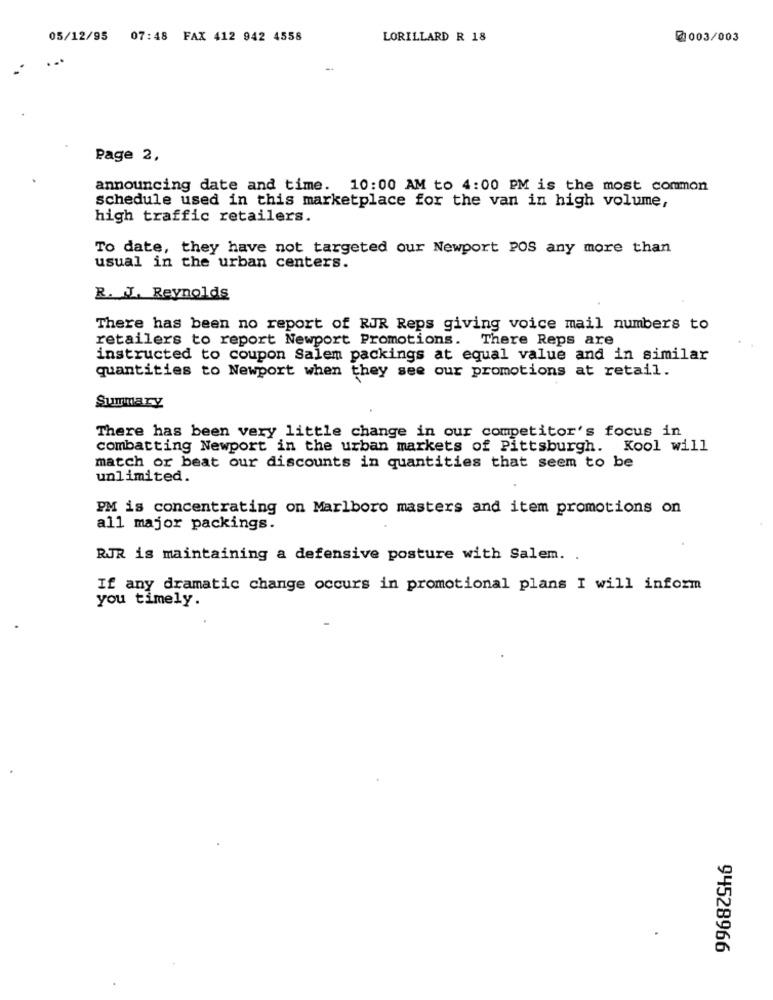
05/12/95
07:48 FAX 412 942 4558
LORILLARD R 18
@003/003
Page 2,
announcing date and time. 10:00 AM to 4:00 PM is the most common
schedule used in this marketplace for the van in high volume,
high traffic retailers.
To date, they have not targeted our Newport POS any more than
usual in the urban centers.
R. J. Reynolds
There has been no report of RJR Reps giving voice mail numbers to
retailers to report Newport Promotions. There Reps are
instructed to coupon Salem packings at equal value and in similar
quantities to Newport when they see our promotions at retail.
Summary
There has been very little change in our competitor's focus in
combatting Newport in the urban markets of Pittsburgh. Kool will
match or beat our discounts in quantities that seem to be
unlimited.
PM is concentrating on Marlboro masters and item promotions on
all major packings.
RJR is maintaining a defensive posture with Salem. .
If any dramatic change occurs in promotional plans I will inform
you timely.
94528966